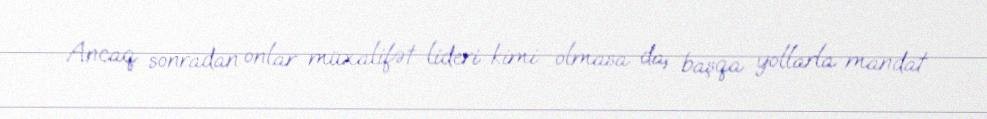
Ancaq sonradan onlar müxalifət lideri kimi olmasa da, başqa yollarla mandat